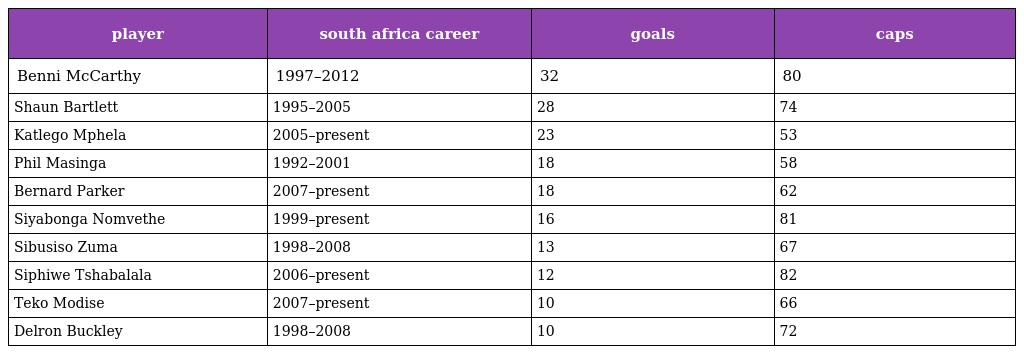
| player | south africa career | goals | caps |
 | --- | --- | --- | --- |
 | Benni McCarthy | 1997–2012 | 32 | 80 |
 | Shaun Bartlett | 1995–2005 | 28 | 74 |
 | Katlego Mphela | 2005–present | 23 | 53 |
 | Phil Masinga | 1992–2001 | 18 | 58 |
 | Bernard Parker | 2007–present | 18 | 62 |
 | Siyabonga Nomvethe | 1999–present | 16 | 81 |
 | Sibusiso Zuma | 1998–2008 | 13 | 67 |
 | Siphiwe Tshabalala | 2006–present | 12 | 82 |
 | Teko Modise | 2007–present | 10 | 66 |
 | Delron Buckley | 1998–2008 | 10 | 72 |